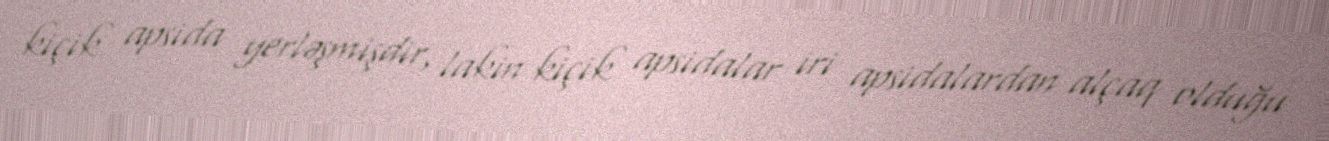
kiçik apsida yerləşmişdir, lakin kiçik apsidalar iri apsidalardan alçaq olduğu